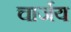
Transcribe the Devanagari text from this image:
चार्जय